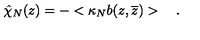
\hat { \chi } _ { N } ( z ) = - < \kappa _ { N } b ( z , \overline { z } ) > \quad .